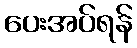
ပေးအပ်ရန်